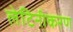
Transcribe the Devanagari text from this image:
लेटिनीकरण